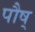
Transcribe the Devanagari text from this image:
पौष्